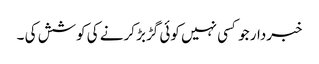
خبردار جو کسی نہیں کوئی گڑبڑ کرنے کی کوشش کی ۔